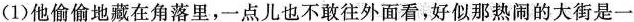
从这个句子可以看出”他”的性格是(